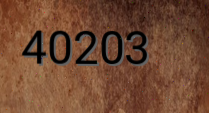
40203